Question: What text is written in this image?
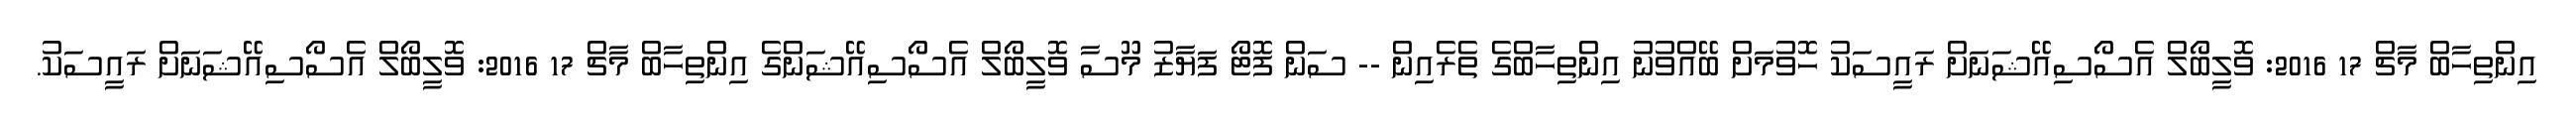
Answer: އިންތިހާބް މާޗް 17 2016: ވޮލީބޯލް އެސޯސިއޭޝަނަށް ރައީސަކު ހޮވުމަށް ބޭއްވުނު އިންތިހާބްގެ ތެރެއިން -- ސަން ފޮޓޯ ފަޔާޒު މޫސާ ވޮލީބޯލް އެސޯސިއޭޝަންގެ އިންތިހާބް މާޗް 17 2016: ވޮލީބޯލް އެސޯސިއޭޝަނަށް ރައީސަކު.